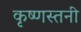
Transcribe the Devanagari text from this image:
कृष्णस्तनी